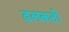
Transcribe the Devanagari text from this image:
ढलकती